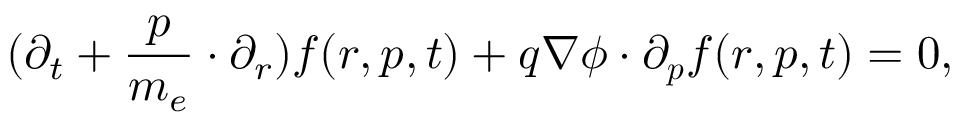
( \partial _ { t } + \frac { \boldsymbol { p } } { m _ { e } } \cdot \partial _ { r } ) f ( \boldsymbol { r } , \boldsymbol { p } , t ) + q \nabla \phi \cdot \partial _ { \boldsymbol p } f ( \boldsymbol { r } , \boldsymbol { p } , t ) = 0 ,